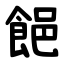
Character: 䭂